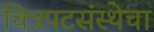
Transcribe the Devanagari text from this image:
चित्रपटसंस्थेचा